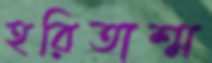
হরিতাশ্ম